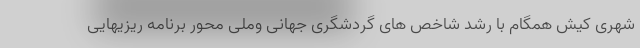
شهری کیش همگام با رشد شاخص های گردشگری جهانی وملی محور برنامه ریزیهایی